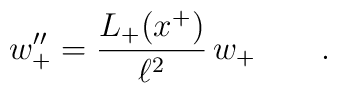
w_+''=\frac{L_+(x^+)} {\ell ^2}\, w_+ \qquad .